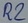
Text: R2